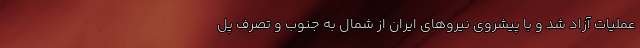
عملیات آزاد شد و با پیشروی نیروهای ایران از شمال به جنوب و تصرف پل